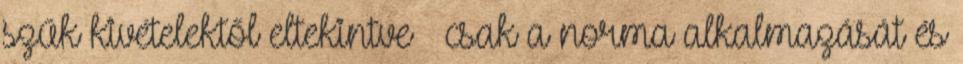
szűk kivételektől eltekintve – csak a norma alkalmazását és